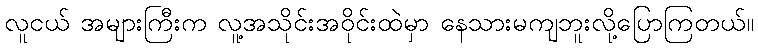
လူငယ် အများကြီးက လူ့အသိုင်းအဝိုင်းထဲမှာ နေသားမကျဘူးလို့ပြောကြတယ်။